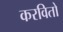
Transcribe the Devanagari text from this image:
करवितो